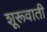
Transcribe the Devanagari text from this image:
शूरूवाती